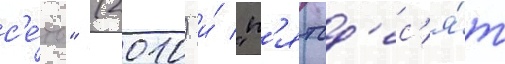
с'е́ть" (2010) и́ "п'ятьд'ес'я́т